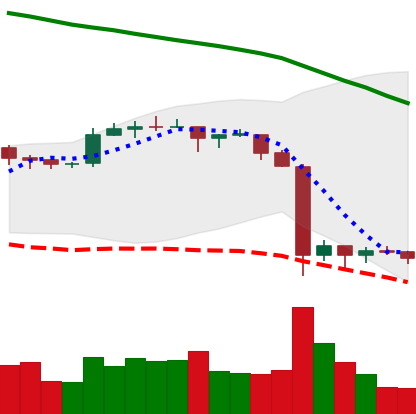
Ticker: EOS-USD
Chart end date: 2019-09-29
Forward return: 8.029%
Label: up_7plus